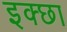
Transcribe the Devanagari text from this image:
इक्छा